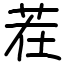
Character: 茬